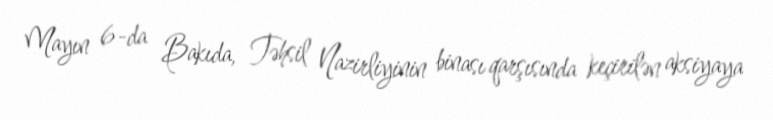
Mayın 6-da Bakıda, Təhsil Nazirliyinin binası qarşısında keçirilən aksiyaya